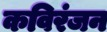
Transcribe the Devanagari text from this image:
कविरंजन